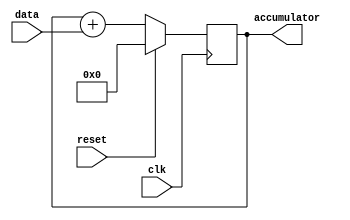
module simple_accumulator (
    input wire clk,
    input wire reset,
    input wire [7:0] data,
    output reg [15:0] accumulator
);

always @(posedge clk) begin
    if (reset) begin
        accumulator <= 16'b0;
    end else begin
        accumulator <= accumulator + data;
    end
end

endmodule